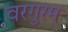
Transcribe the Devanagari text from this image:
वरगुरम्